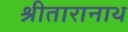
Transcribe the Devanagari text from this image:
श्रीतारानाथ